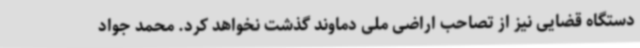
دستگاه قضایی نیز از تصاحب اراضی ملی دماوند گذشت نخواهد کرد. محمد جواد